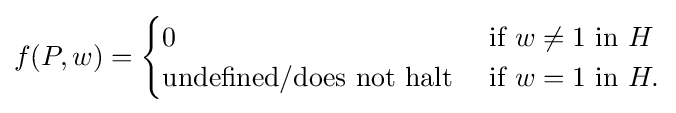
f(P,w)={\begin{cases}0&{\text{if}}\ w\neq 1\ {\text{in}}\ H\\{\text{undefined/does not halt}}\ &{\text{if}}\ w=1\ {\text{in}}\ H.\end{cases}}